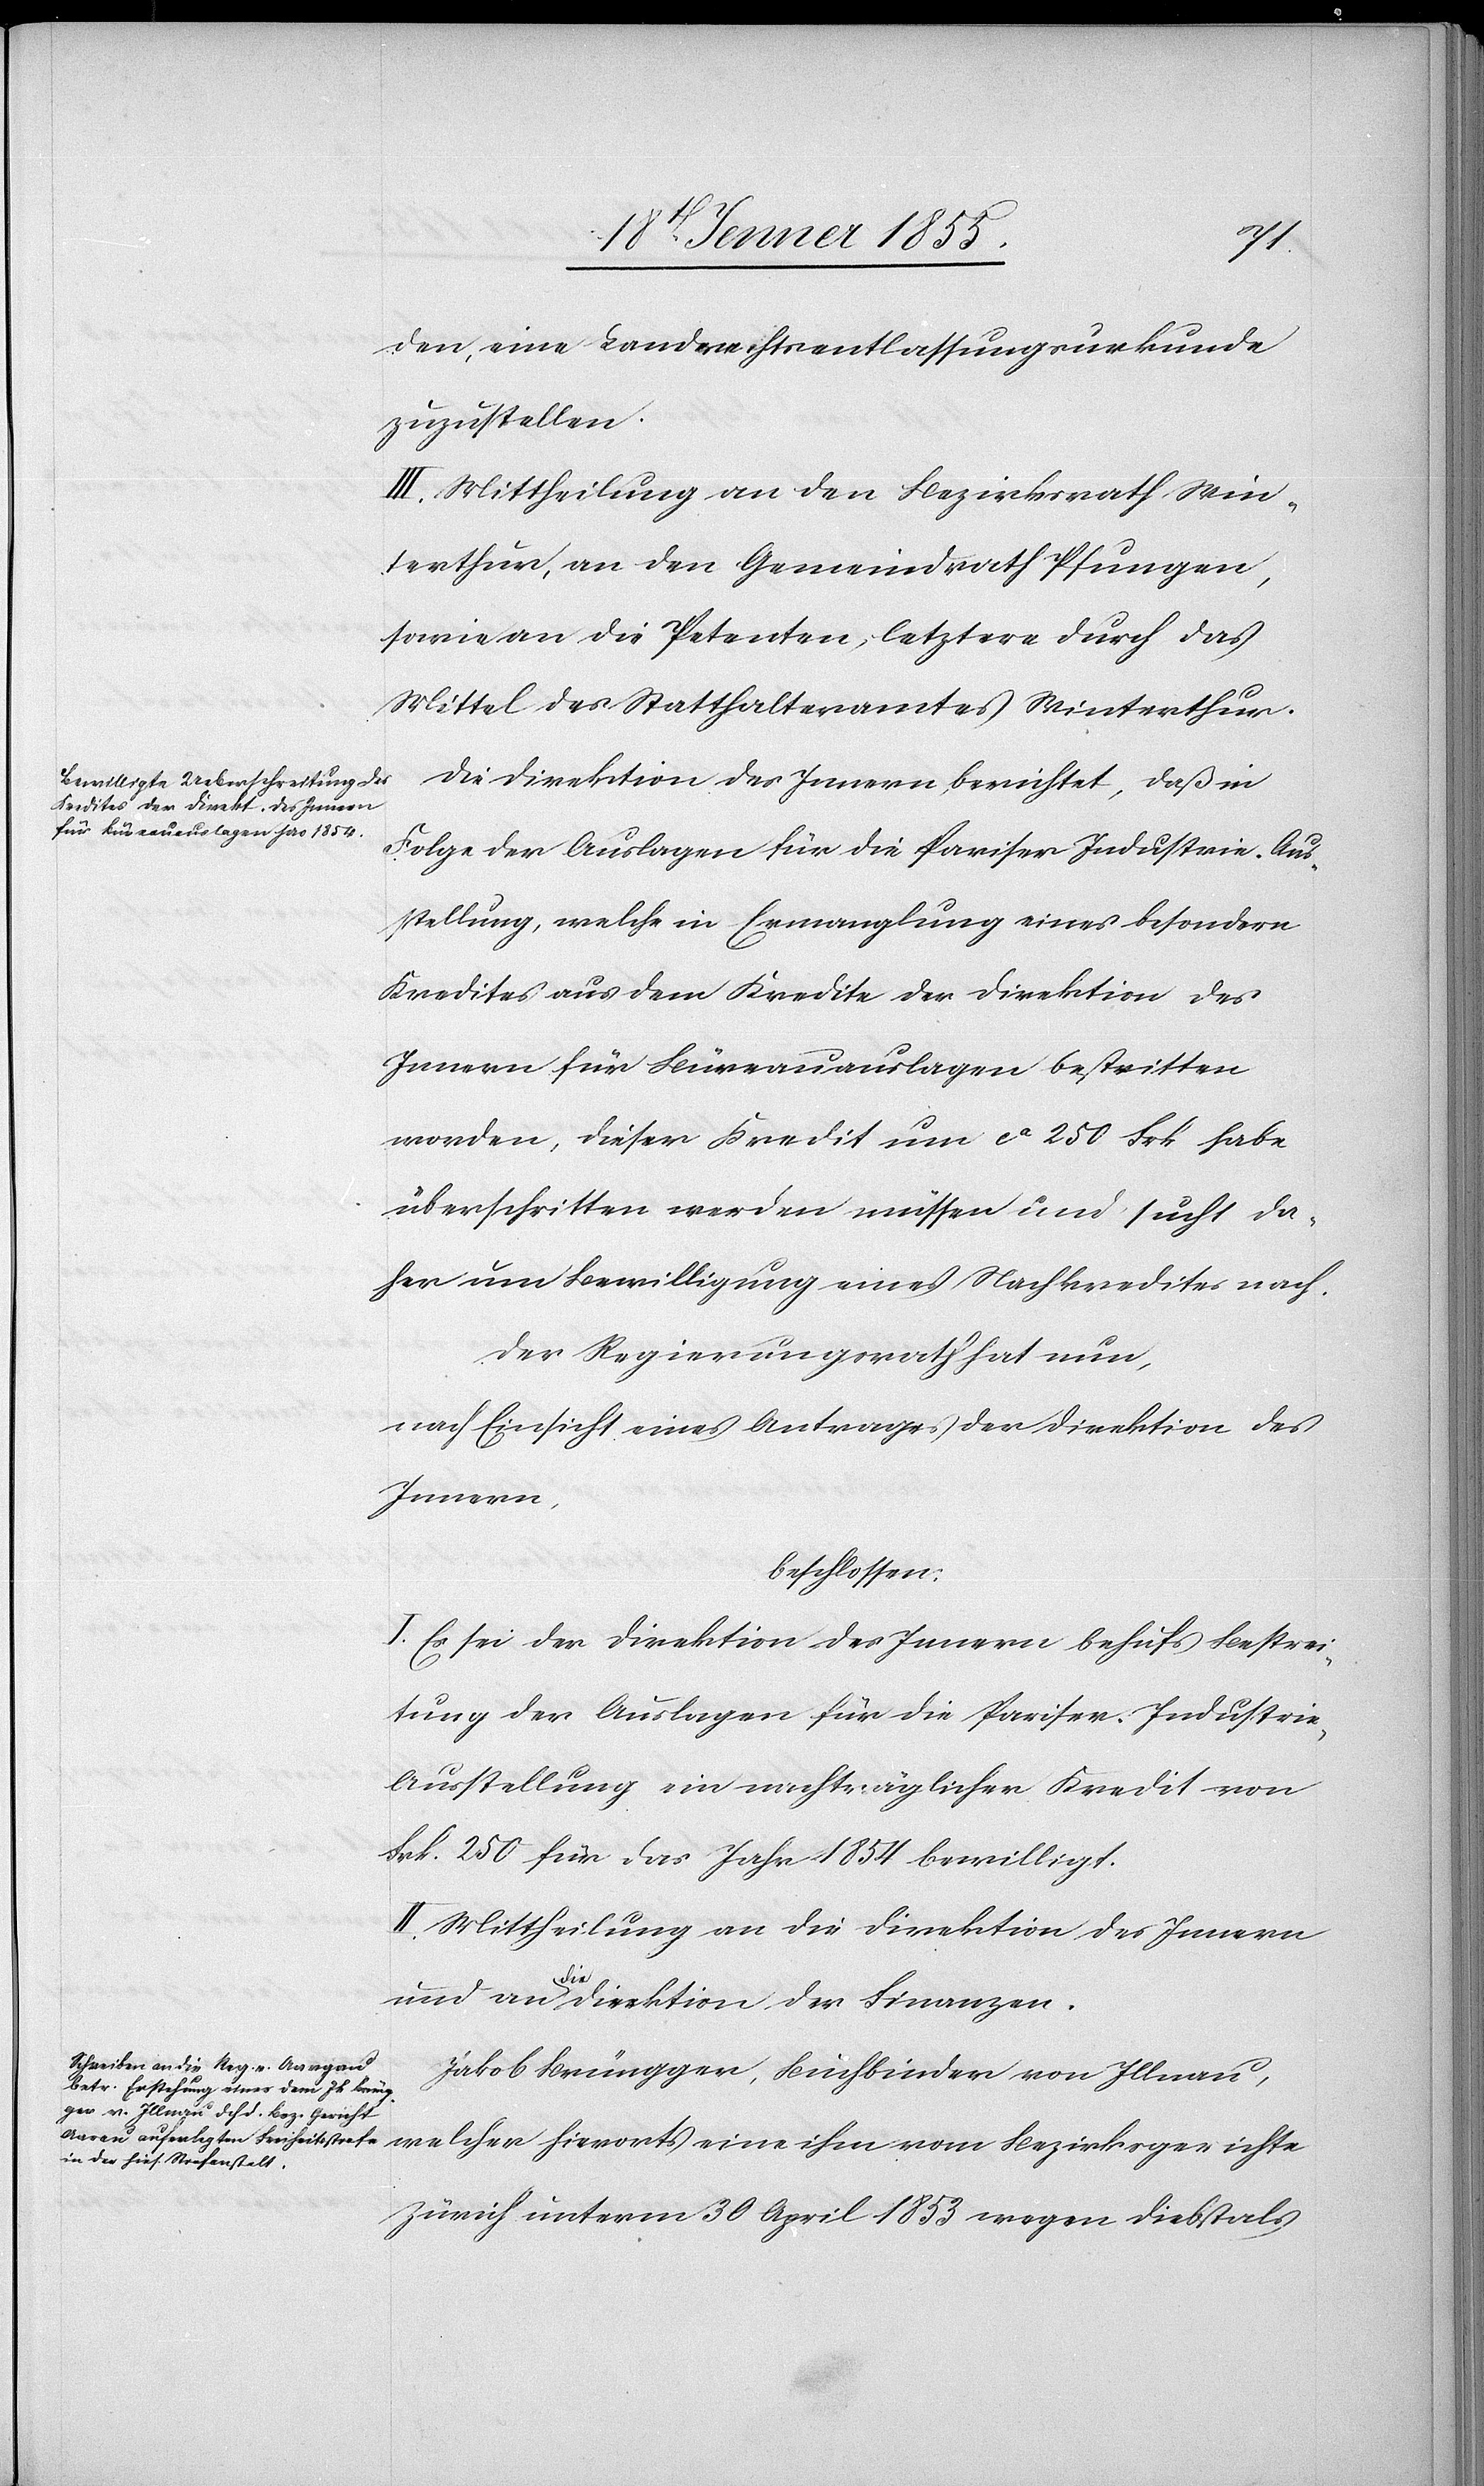
den, eine Landrechtsentlassungsurkunde
zuzustellen.
III. Mittheilung an den Bezirksrath Win¬
terthur, an den Gemeindrath Pfungen,
sowie an die Petenten, letztere durch das
Mittel des Statthalteramtes Winterthur.
Die Direktion des Innern berichtet, daß in
Folge der Auslagen für die Pariser Industrie-Aus¬
stellung, welche in Ermanglung eines besondern
Kredites aus dem Kredite der Direktion des
Innern für Büreauauslagen bestritten
worden, dieser Kredit um ca 250 Frk habe
überschritten werden müssen und sucht da¬
her um Bewilligung eines Nachkredites nach.
Der Regierungsrath hat nun,
nach Einsicht eines Antrages der Direktion des
Innern,
beschlossen:
I. Es sei der Direktion des Innern behufs Bestrei¬
tung der Auslagen für die Pariser Industri¬
e-Ausstellung ein nachträglicher Kredit von
Frk. 250 für das Jahr 1854 bewilligt.
II. Mittheilung an die Direktion des Innern
und an die Direktion der Finanzen.
Jakob Brüngger, Buchbinder von Illnau,
welcher hierorts eine ihm vom Bezirksgerichte
Zürich unterm 30 April 1853 wegen Diebstals